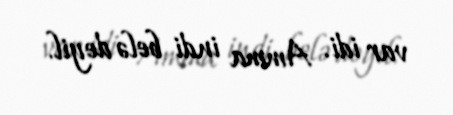
var idi. Amma indi belə deyil.